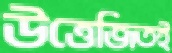
উত্তেজিতই